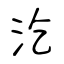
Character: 汔